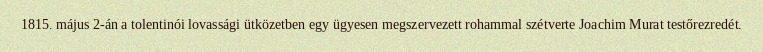
1815. május 2-án a tolentinói lovassági ütközetben egy ügyesen megszervezett rohammal szétverte Joachim Murat testőrezredét.